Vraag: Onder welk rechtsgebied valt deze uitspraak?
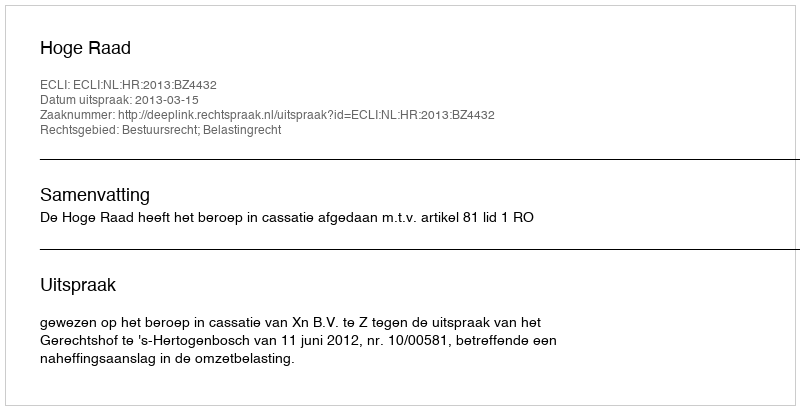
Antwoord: Bestuursrecht; Belastingrecht